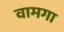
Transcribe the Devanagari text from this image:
वामगा